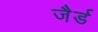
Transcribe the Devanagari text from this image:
जैर्ड